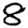
Digit: 8